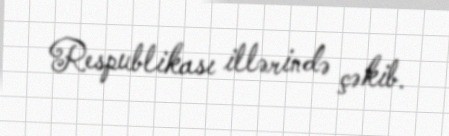
Respublikası illərində çəkib.